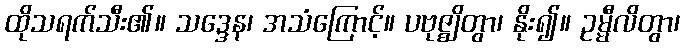
ထိုသရက်သီး၏။ သဒ္ဒေန၊ အသံကြောင့်။ ပဗုဇ္ဈိတွာ၊ နိုး၍။ ဥမ္မီလိတွာ၊